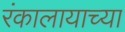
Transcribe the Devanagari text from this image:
रंकालायाच्या